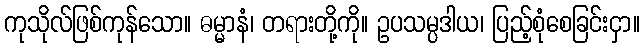
ကုသိုလ်ဖြစ်ကုန်သော။ ဓမ္မာနံ၊ တရားတို့ကို။ ဥပသမ္ပဒါယ၊ ပြည့်စုံစေခြင်းငှာ။